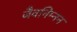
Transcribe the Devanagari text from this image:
जैवनिम्‍नन